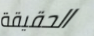
الحقيقة